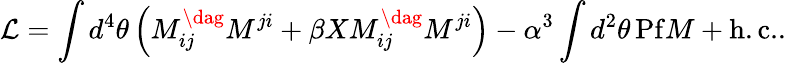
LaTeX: {\cal L}=\int d^{4}\theta\left(M_{ij}^{\dag}M^{ji}+\beta XM_{ij}^{\dag}M^{ji}\right)-\alpha^{3}\int d^{2}\theta\, \mathrm{Pf}M+\mathrm{h.c.}.